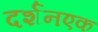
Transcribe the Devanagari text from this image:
दर्शनएक